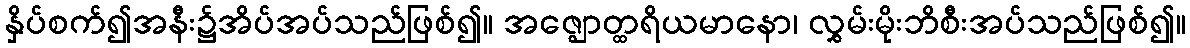
နှိပ်စက်၍အနီး၌အိပ်အပ်သည်ဖြစ်၍။ အဇ္ဈောတ္ထရိယမာနော၊ လွှမ်းမိုးဘိစီးအပ်သည်ဖြစ်၍။